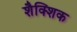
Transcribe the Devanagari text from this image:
शैक्शिक